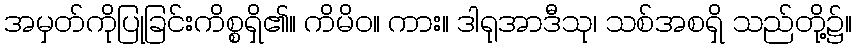
အမှတ်ကိုပြုခြင်းကိစ္စရှိ၏။ ကိမိဝ။ ကား။ ဒါရုအာဒီသု၊ သစ်အစရှိ သည်တို့၌။